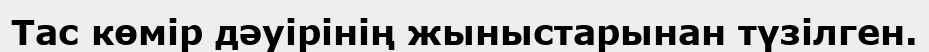
Тас көмір дәуірінің жыныстарынан түзілген.